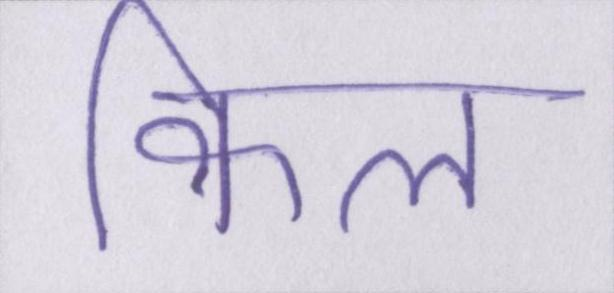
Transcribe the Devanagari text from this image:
किल